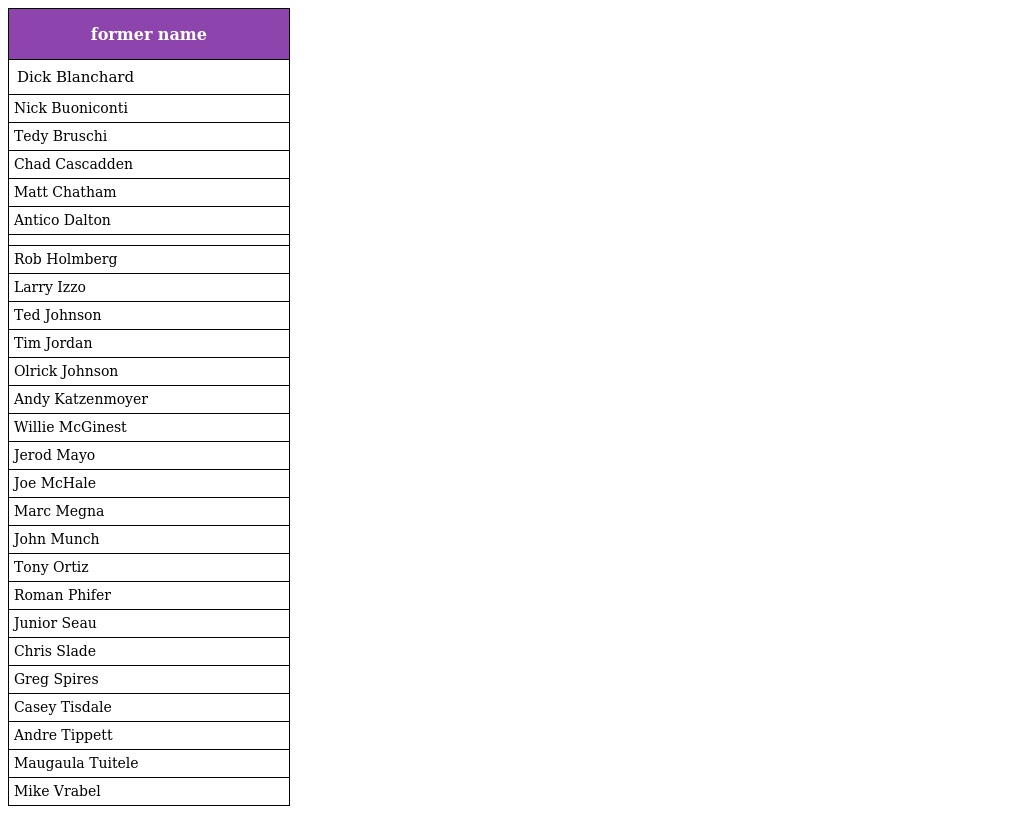
| former name |
 | --- |
 | Dick Blanchard |
 | Nick Buoniconti |
 | Tedy Bruschi |
 | Chad Cascadden |
 | Matt Chatham |
 | Antico Dalton |
 |  |
 | Rob Holmberg |
 | Larry Izzo |
 | Ted Johnson |
 | Tim Jordan |
 | Olrick Johnson |
 | Andy Katzenmoyer |
 | Willie McGinest |
 | Jerod Mayo |
 | Joe McHale |
 | Marc Megna |
 | John Munch |
 | Tony Ortiz |
 | Roman Phifer |
 | Junior Seau |
 | Chris Slade |
 | Greg Spires |
 | Casey Tisdale |
 | Andre Tippett |
 | Maugaula Tuitele |
 | Mike Vrabel |